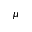
\mu